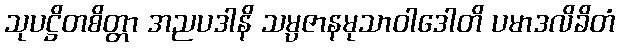
သုပဋ္ဌိတစိတ္တာ အညပဒါနိ သမ္ပဇာနမုသာဝါဒေါတိ ပမာဒလိခိတံ